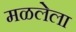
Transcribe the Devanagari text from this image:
मळलेला